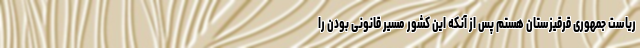
ریاست جمهوری قرقیزستان هستم پس از آنکه این کشور مسیر قانونی بودن را